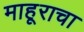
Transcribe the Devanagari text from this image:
माहूराचा